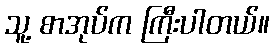
သူ့ စာအုပ်က ကြီးပါတယ်။